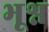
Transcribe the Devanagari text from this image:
भूश्न